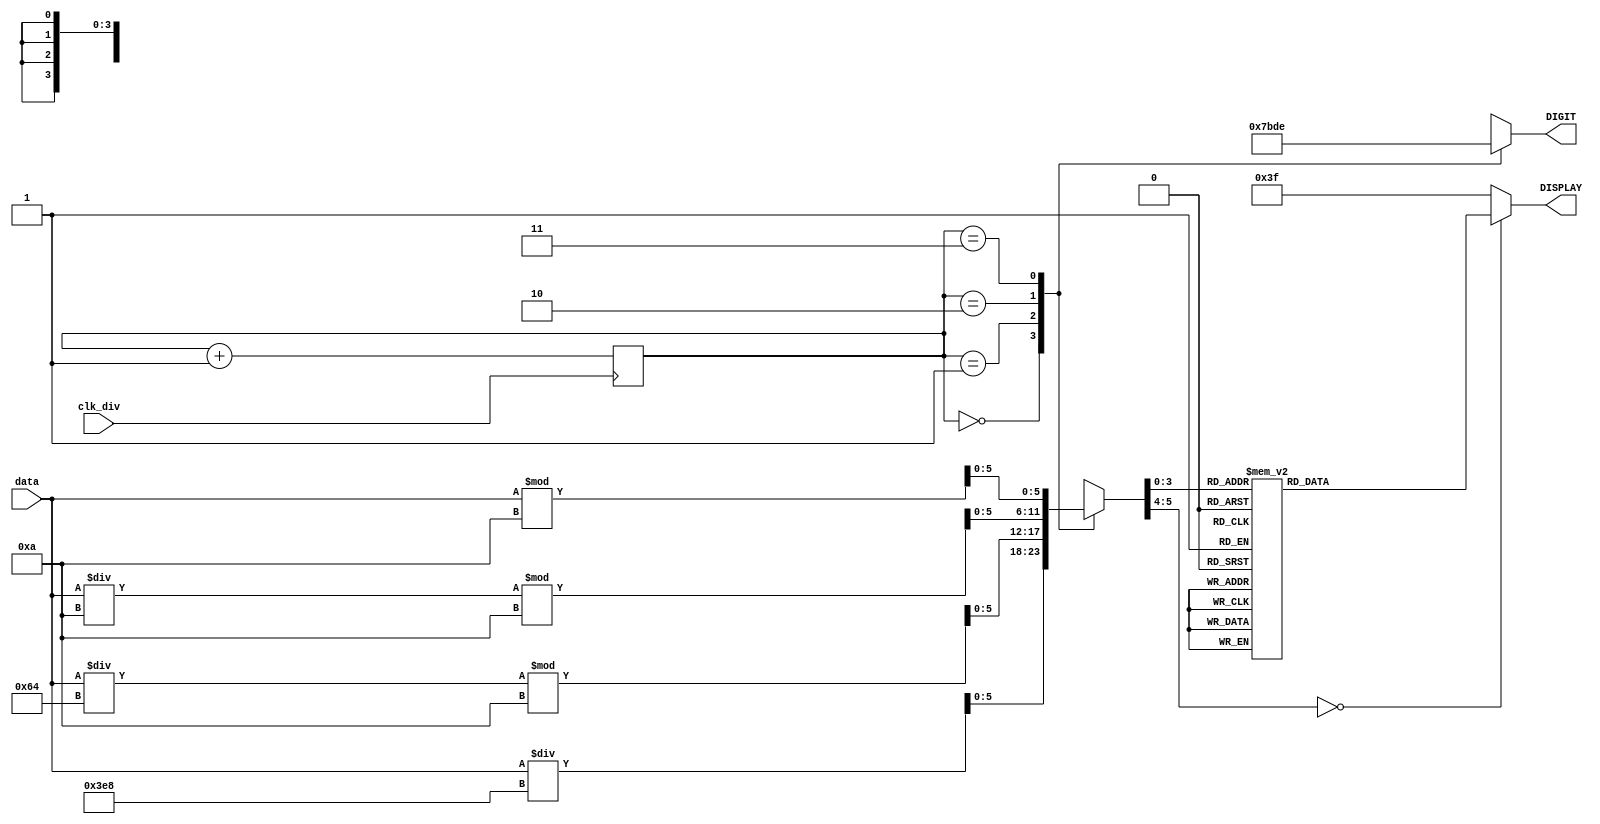
module seven_segment (
    input clk_div,
    input [6:0] data,
    output reg [6:0] DISPLAY,
    output reg [3:0] DIGIT   
);

reg [5:0] show_n;
reg [1:0] show;

always @(posedge clk_div) begin
    show <= show + 1;
end

always @(*)
begin
    case (show)
        0: DIGIT = 4'b0111;
        1: DIGIT = 4'b1011;
        2: DIGIT = 4'b1101;
        3: DIGIT = 4'b1110;
    endcase
end

always @(*)
begin
    if (data == 0)
        show_n = 10;
    case (show)
        0: show_n = data / 1000;
        1: show_n = (data / 100) % 10;
        2: show_n = (data / 10) % 10;
        3: show_n = data % 10;
    endcase
end

always @(*)
begin
    case (show_n)
        4'd0:  DISPLAY = 7'b100_0000;
        4'd1:  DISPLAY = 7'b111_1001;
        4'd2:  DISPLAY = 7'b010_0100;
        4'd3:  DISPLAY = 7'b011_0000;
        4'd4:  DISPLAY = 7'b001_1001;
        4'd5:  DISPLAY = 7'b001_0010;
        4'd6:  DISPLAY = 7'b000_0010;
        4'd7:  DISPLAY = 7'b111_1000;
        4'd8:  DISPLAY = 7'b000_0000;
        4'd9:  DISPLAY = 7'b001_0000;
        default: DISPLAY = 7'b0111111;
    endcase
end
    
endmodule